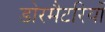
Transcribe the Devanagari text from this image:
डोरमैटरियों